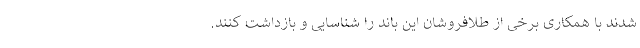
شدند با همکاری برخی از طلافروشان این باند را شناسایی و بازداشت کنند.